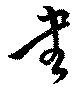
書